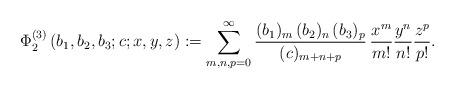
LaTeX: \begin{align*}\Phi_2^{(3)}\left(b_1,b_2,b_3;c;x,y,z\right):=\sum_{m,n,p=0}^\infty\frac{(b_1)_{m}\,(b_2)_{n}\,(b_3)_{p}}{(c)_{m+n+p}}\,\frac{x^{m}}{m!}\frac{y^{n}}{n!}\frac{z^{p}}{p!}.\end{align*}